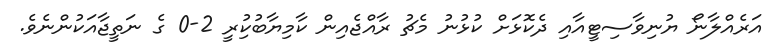
އަރެއްލާނޯ ޔުނިވާސިޓީއާއި ދެކޮޅަށް ކުޅުނު މެޗު ރާއްޖެއިން ކާމިޔާބުކުިރީ 2-0 ގެ ނަތީޖާއަކުންނެވެ.